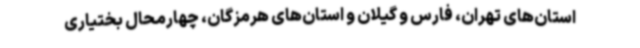
استان‌های تهران، فارس و گیلان و استان‌های هرمزگان، چهارمحال بختیاری